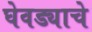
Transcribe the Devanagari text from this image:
घेवड्याचे